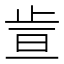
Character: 𪴶